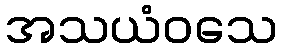
အသယံဝသေ